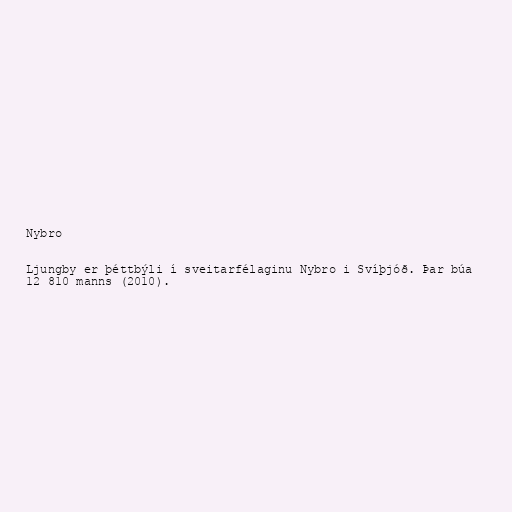
Nybro

Ljungby er þéttbýli í sveitarfélaginu Nybro i Svíþjóð. Þar búa
12 810 manns (2010).